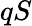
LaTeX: qS